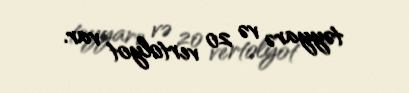
təyyarə və 20 vertolyot var.